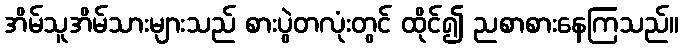
အိမ်သူအိမ်သားများသည် စားပွဲတလုံးတွင် ထိုင်၍ ညစာစားနေကြသည်။